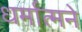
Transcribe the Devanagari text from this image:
धर्मात्मने